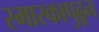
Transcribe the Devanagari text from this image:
स्मारकापुढून